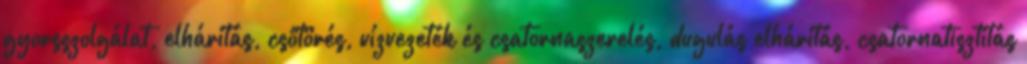
gyorsszolgálat, elhárítás, csőtörés, vízvezeték és csatornaszerelés, dugulás elhárítás, csatornatisztítás